Scottish Leaving Certificate Examination, 1955
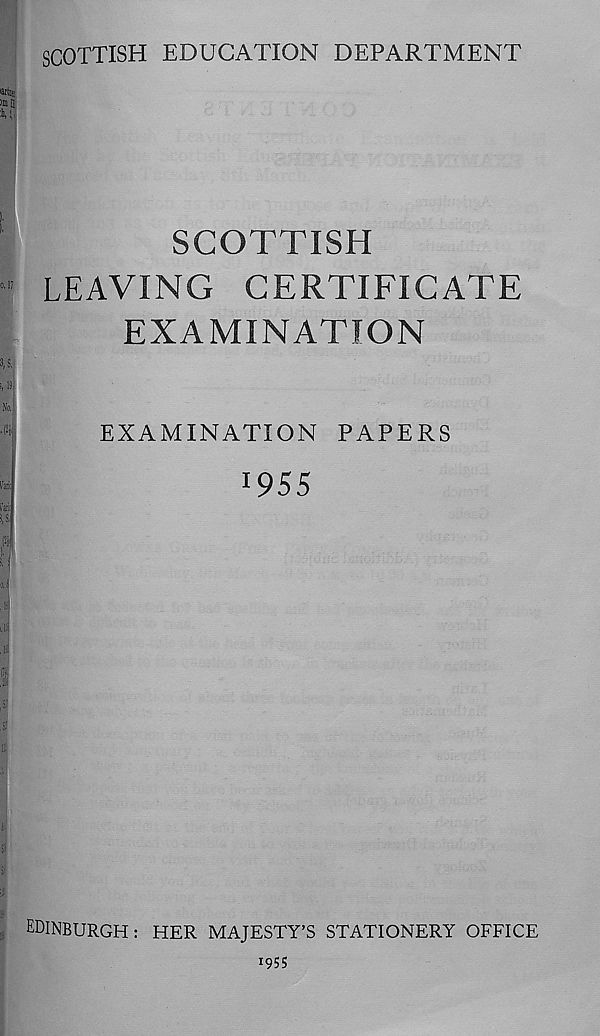
SCOTTISH EDUCATION DEPARTMENT
SCOTTISH
LEAVING CERTIFICATE
EXAMINATION
EXAMINATION PAPERS
'955
EDINBURGH: HER MAJESTY'S STATIONERY OFFICE